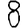
Digit: 8